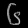
Digit: ၆